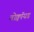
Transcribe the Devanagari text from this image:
वोक्वॉयड